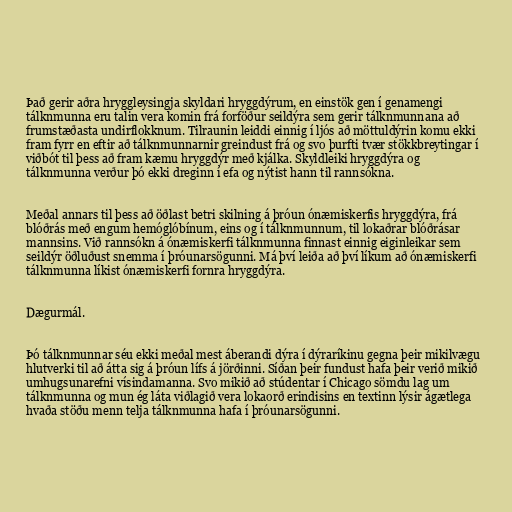
Það gerir aðra hryggleysingja skyldari hryggdýrum, en einstök gen í genamengi
tálknmunna eru talin vera komin frá forföður seildýra sem gerir tálknmunnana að
frumstæðasta undirflokknum. Tilraunin leiddi einnig í ljós að möttuldýrin komu ekki
fram fyrr en eftir að tálknmunnarnir greindust frá og svo þurfti tvær stökkbreytingar í
viðbót til þess að fram kæmu hryggdýr með kjálka. Skyldleiki hryggdýra og
tálknmunna verður þó ekki dreginn í efa og nýtist hann til rannsókna.

Meðal annars til þess að öðlast betri skilning á þróun ónæmiskerfis hryggdýra, frá
blóðrás með engum hemóglóbínum, eins og í tálknmunnum, til lokaðrar blóðrásar
mannsins. Við rannsókn á ónæmiskerfi tálknmunna finnast einnig eiginleikar sem
seildýr öðluðust snemma í þróunarsögunni. Má því leiða að því líkum að ónæmiskerfi
tálknmunna líkist ónæmiskerfi fornra hryggdýra.

Dægurmál.

Þó tálknmunnar séu ekki meðal mest áberandi dýra í dýraríkinu gegna þeir mikilvægu
hlutverki til að átta sig á þróun lífs á jörðinni. Síðan þeir fundust hafa þeir verið mikið
umhugsunarefni vísindamanna. Svo mikið að stúdentar í Chicago sömdu lag um
tálknmunna og mun ég láta viðlagið vera lokaorð erindisins en textinn lýsir ágætlega
hvaða stöðu menn telja tálknmunna hafa í þróunarsögunni.